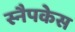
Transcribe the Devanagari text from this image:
स्नैपकेस